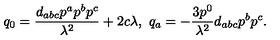
q _ { 0 } = { \frac { d _ { a b c } p ^ { a } p ^ { b } p ^ { c } } { \lambda ^ { 2 } } } + 2 c \lambda , \ q _ { a } = - { \frac { 3 p ^ { 0 } } { \lambda ^ { 2 } } } d _ { a b c } p ^ { b } p ^ { c } .